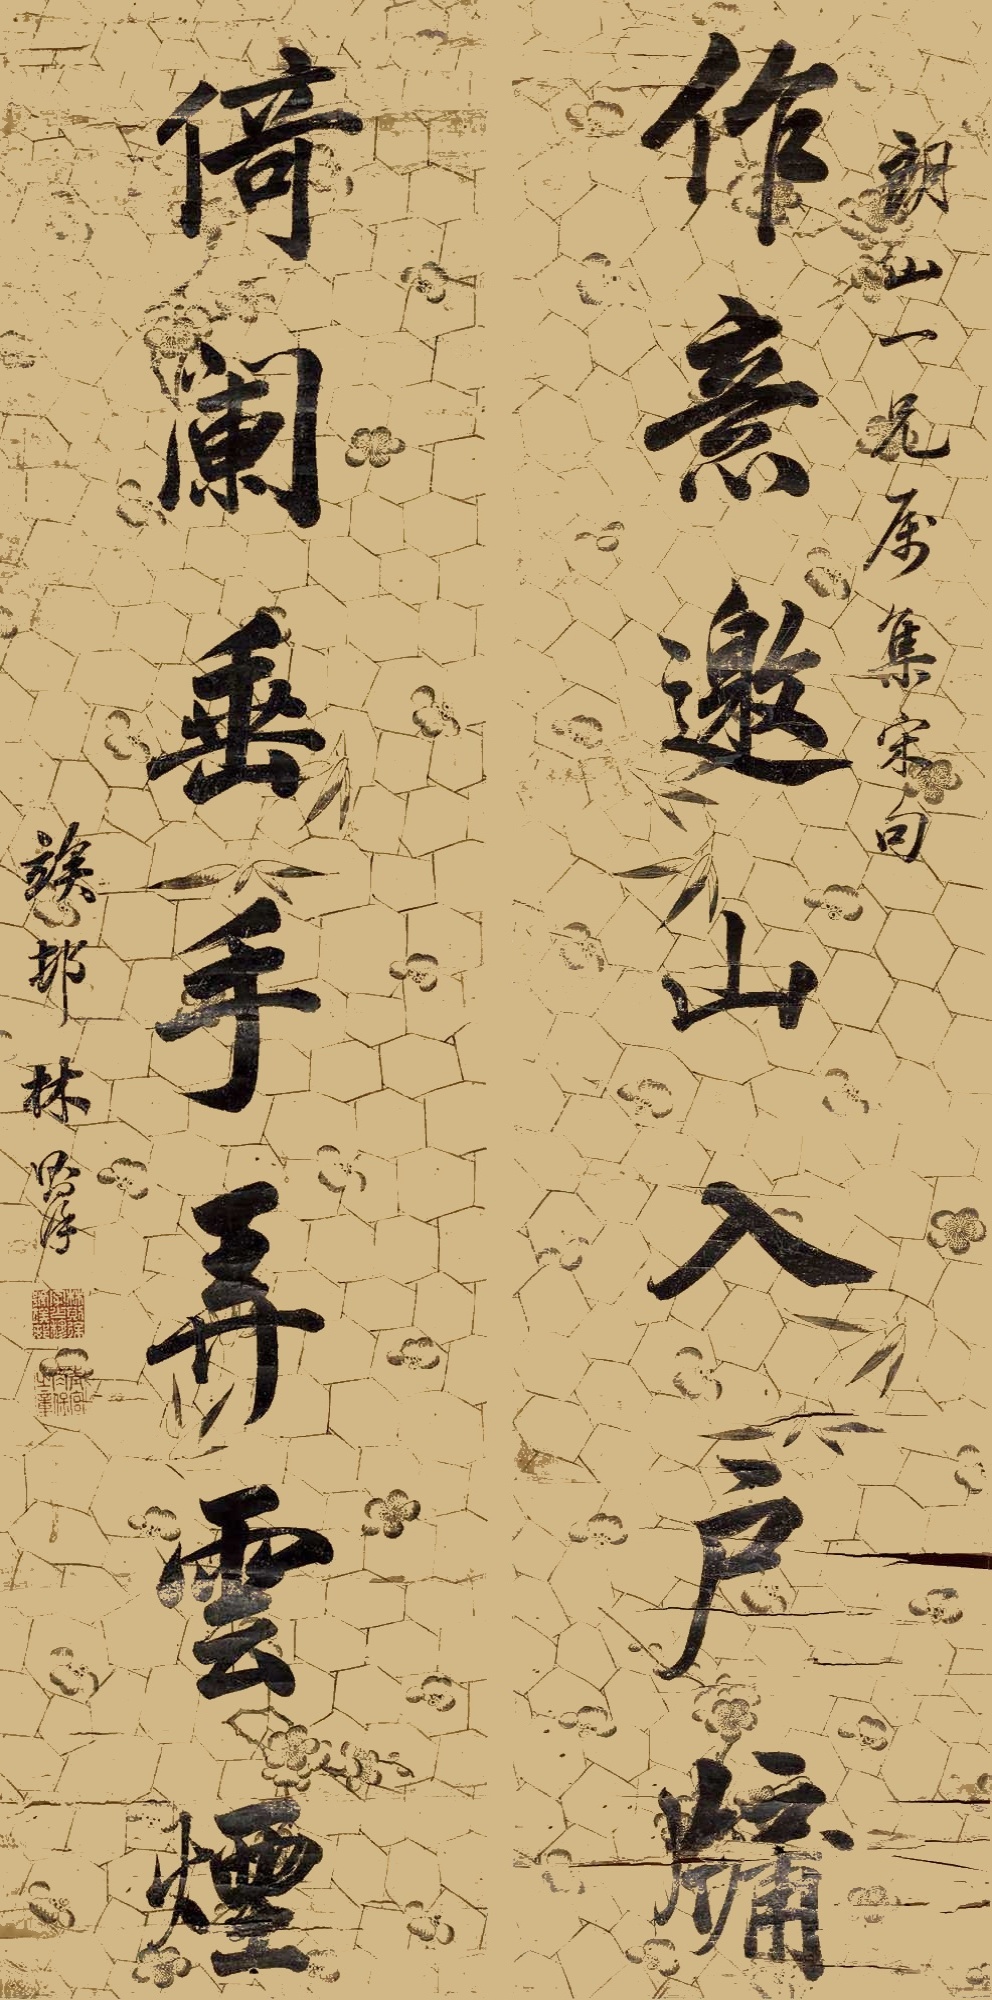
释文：作意邀山入户牖，倚阑垂手弄云烟。朗山一兄属集宋句，竢邨林则徐。